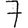
Digit: 7